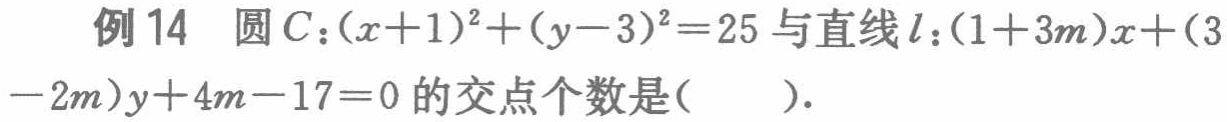
例14 圆\(C:(x + 1)^2+(y - 3)^2 = 25\)与直线\(l:(1 + 3m)x+(3 - 2m)y+4m - 17 = 0\)的交点个数是( ).